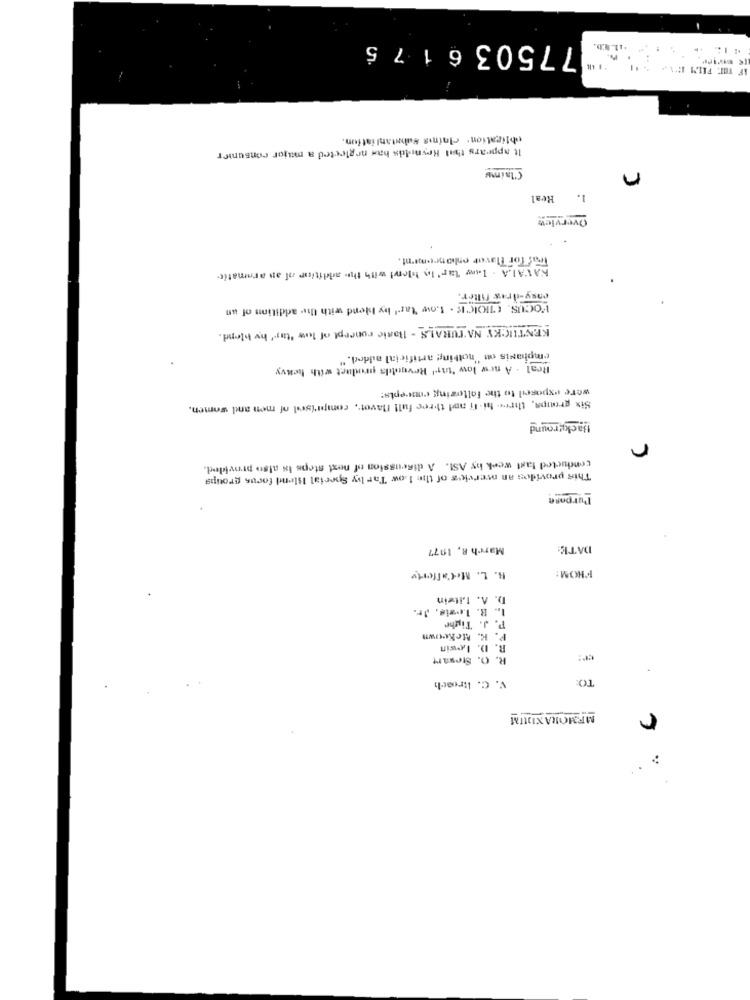
775036175
obligation. claims substantiation.
It appears that Reynolds bas neglected a major consumer
Claimy
n
Real
1.
Overview
Waf Tor Tlavor onlancement.
KAVALA . I.www Tar' le hlond! with the addition of an aramatic-
easy-draw filter.
FOCUS. (TIOICE . Low tarl by blend with the addition of un
KENTUCKY NATURALS - Basic concept of low "tar' hy blend.
emphasis on "nothing artificial added. "
Real . A new low "tar Revgulds product with heavy
were exposeil to the following concepts:
Six groups, three- hi-fi and three full faver, comprised of men and women.
Background
r
conducted last week hy ASI. A discussion of next steps Is also provided.
This provides an overvic's of the 1.ow Tar by Special Blend focus groups
Purpose
March R. 1977
DATE:
FROM:
H. L. Mccafferty
D. A. I.itein
1 .. R. L.csis, Jr.
P. J. Tisthe
P. K. Mckeown
R. D. Lowin
R. O. Stewart
V. C. Htroach
TO:
MEMORANDUM